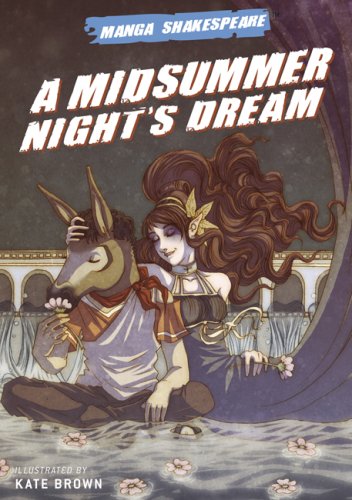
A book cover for Manga Shakespeare: A Midsummer Night's Dream; William Shakespeare; Literature & Fiction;